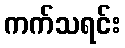
ကက်သရင်း